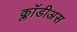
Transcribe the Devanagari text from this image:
क्लॉडीअस